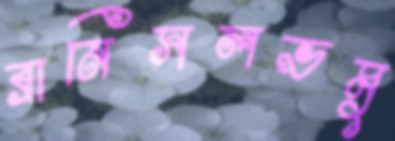
ব্রানিসলভমু